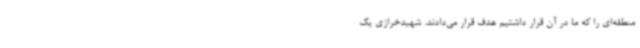
منطقه‌ای را که ما در آن قرار داشتیم هدف قرار می‌دادند. شهیدخرازی یک